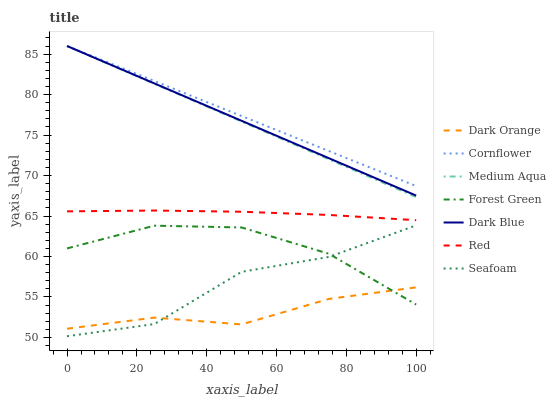
| xaxis_label | Dark Orange | Cornflower | Medium Aqua | Forest Green | Dark Blue | Red | Seafoam |
 | --- | --- | --- | --- | --- | --- | --- | --- |
 | 0 | 51.1 | 86 | 86 | 61 | 86 | 65.6 | 50.1 |
 | 25 | 52.4 | 81.7 | 81.3 | 63.8 | 81.4 | 65.7 | 51.7 |
 | 50 | 51.6 | 77.4 | 76.7 | 63.6 | 76.8 | 65.5 | 58.1 |
 | 75 | 54.8 | 73 | 72 | 60.3 | 72.1 | 65.1 | 59.9 |
 | 100 | 56.2 | 68.7 | 67.3 | 54.1 | 67.5 | 64.5 | 63.8 |